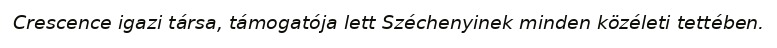
Crescence igazi társa, támogatója lett Széchenyinek minden közéleti tettében.